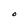
Character: O